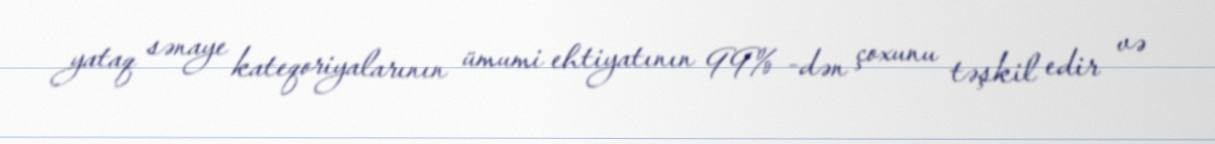
yataq sənaye kateqoriyalarının ümumi ehtiyatının 99% -dən çoxunu təşkil edir və